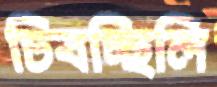
চিবচ্ছিলি